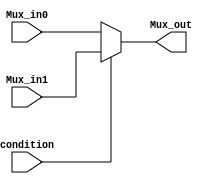
`timescale 1ns/1ns

module MuxMini (
	input condition,
	input [4:0] Mux_in0,
	input [4:0] Mux_in1,
	output reg [4:0] Mux_out
);

always @*
begin
	if (condition)
		Mux_out = Mux_in1;
	else
		Mux_out = Mux_in0;
end

endmodule